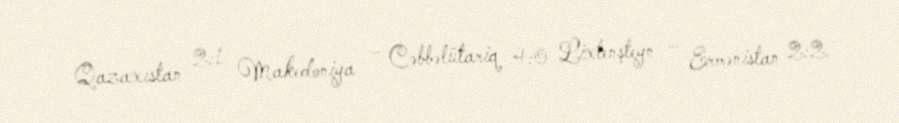
Qazaxıstan 2:1 Makedoniya – Cəbbəlütariq 4:0 Lixtenşteyn – Ermənistan 2:2.